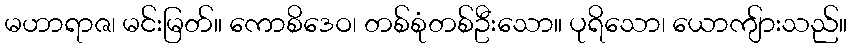
မဟာရာဇ၊ မင်းမြတ်။ ကောစိဒေဝ၊ တစ်စုံတစ်ဦးသော။ ပုရိသော၊ ယောကျ်ားသည်။